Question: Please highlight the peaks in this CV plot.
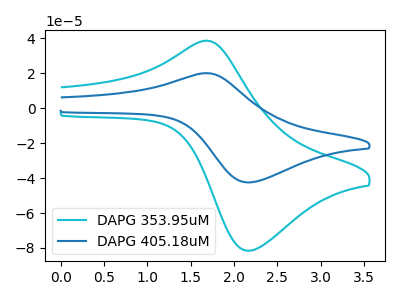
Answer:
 <answer>The cyan curve "DAPG 353.95uM" has an anodic peak at (1.65V, 38.70uA) and a cathodic peak at (2.15V, -81.55uA). The blue curve "DAPG 405.18uM" has an anodic peak at (1.65V, 20.15uA) and a cathodic peak at (2.15V, -42.45uA).</answer>
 <eval></eval>